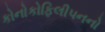
કોનોકોફિલીપનનો